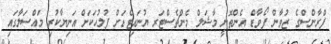
ފްރާންސްގެ ޒުވާން ފޯވާޑް އެންތޮނީ މާޝަލް މެންޗެސްޓަރ ޔުނައިޓެޑަށް ފުލުހަކަށް އަނިޔާކުރި މައްސަލާގައި